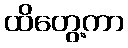
ထိတွေ့ကာ